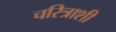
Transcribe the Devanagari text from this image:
चरित्राशी